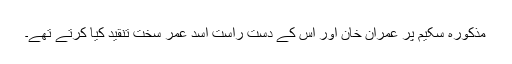
مذکورہ سکیم پر عمران خان اور اس کے دست راست اسد عمر سخت تنقید کیا کرتے تھے۔